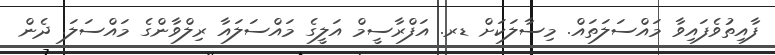
ފާއިތުވެފައިވާ މައްސަލަތައް. މިސާލަކަށް ޑރ. އަފްރާސީމް އަލީގެ މައްސަލައާ ރިލްވާންގެ މައްސަލަ. ދެން